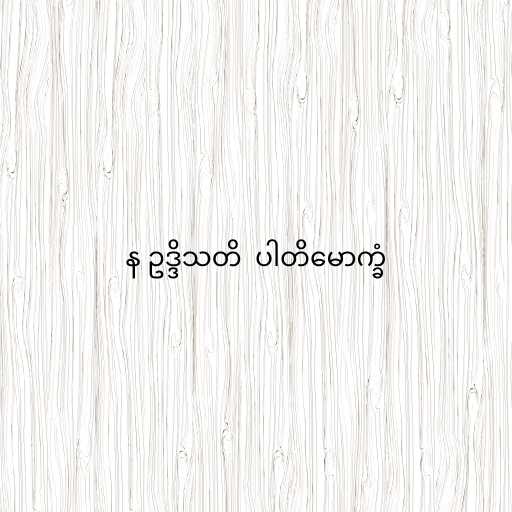
န ဥဒ္ဒိသတိ  ပါတိမောက္ခံ